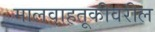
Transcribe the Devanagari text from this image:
मालवाहतूकीवरील